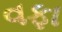
વફા